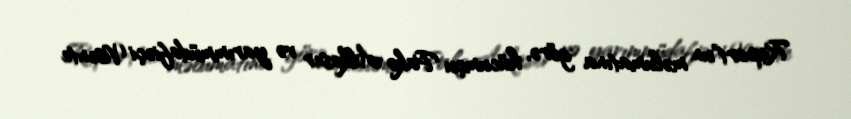
Report"un məlumatına görə, hücumçu Pako Alkaser və yarımmüdafiəçi Visente